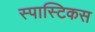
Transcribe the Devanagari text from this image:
स्पास्टिकस